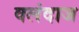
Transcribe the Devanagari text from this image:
वलंदाज